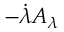
- \dot { \lambda } A _ { \lambda }